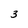
Character: 3